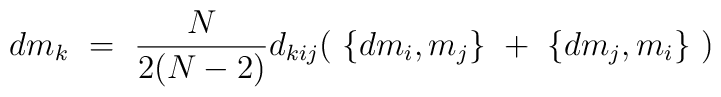
dm_k \ = \ \frac{N}{2(N-2)} d_{kij} ( \ \{ d m_i , m_j \} \ + \ \{ dm_j , m_i \} \ )